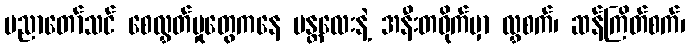
ပညာတော်သင် စေလွှတ်မှုတွေကနေ မန္တလေးနဲ့ အနီးတဝိုက်မှာ လွှစက်၊ ဆန်ကြိတ်စက်၊